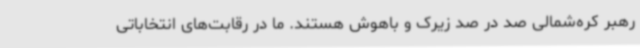
رهبر کره‌شمالی صد در صد زیرک و باهوش هستند. ما در رقابت‌های انتخاباتی